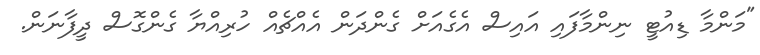
"މަންމާ ޑިއުޓީ ނިންމާފައި އައިސް އެގެއަށް ގެންދަން އެއްޗެއް ހުރިއްޔާ ގެންގޮސް ދީފާނަން.